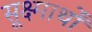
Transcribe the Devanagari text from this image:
सूक्ष्मार्थों